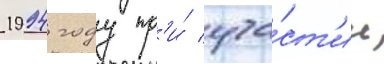
1994 году пр'и́ уча́ст'ии